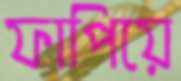
ফাপিয়ে